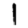
Digit: 1